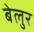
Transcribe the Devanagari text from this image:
बेलुर